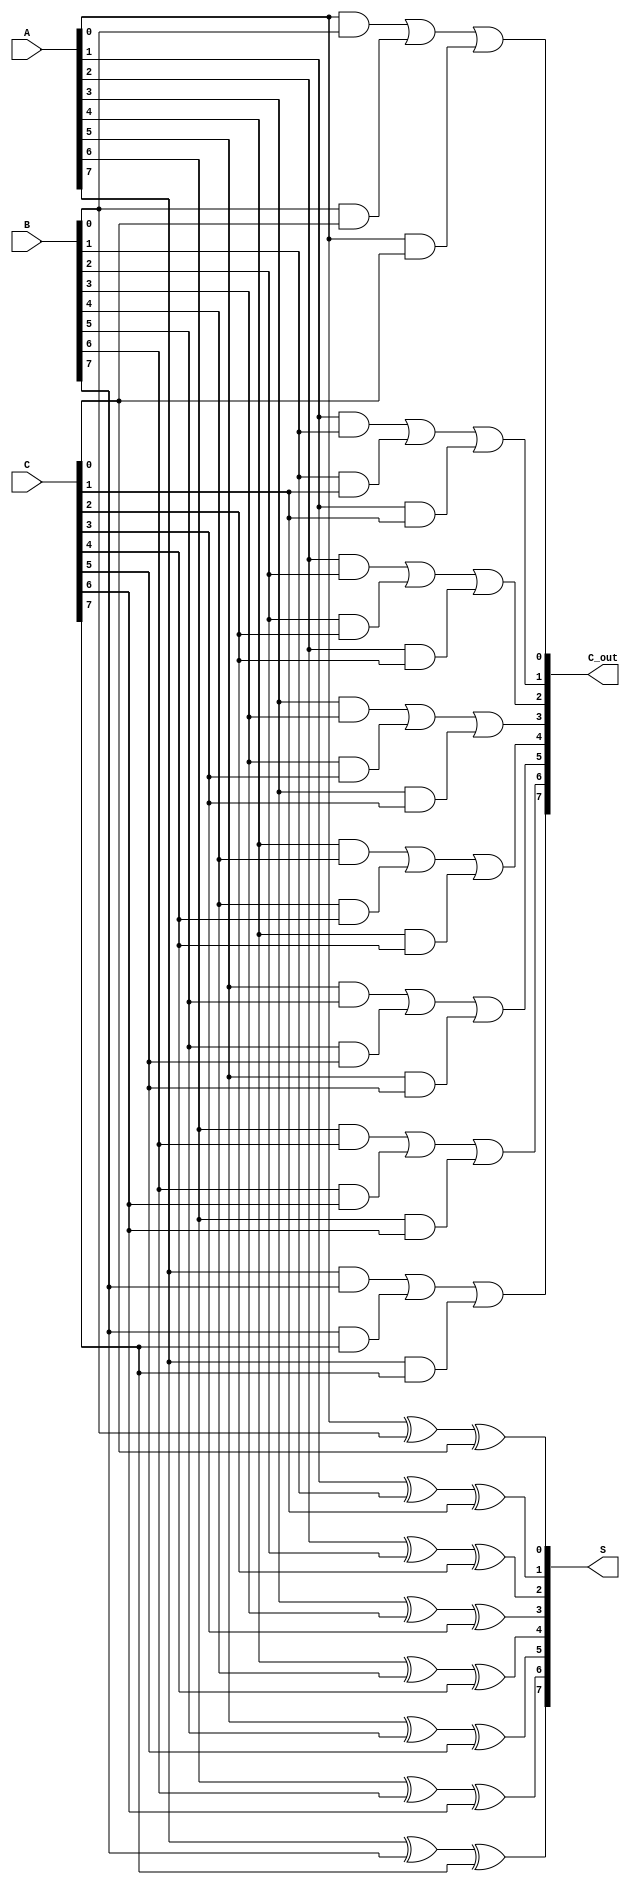
module CarrySaveAdder #(parameter n = 8) (
    input  wire [n-1:0] A,  // First n-bit input
    input  wire [n-1:0] B,  // Second n-bit input
    input  wire [n-1:0] C,  // Third n-bit input
    output wire [n-1:0] S,   // n-bit Sum output
    output wire [n-1:0] C_out // n-bit Carry output
);

// Generate the Sum output using XOR gates
genvar i;
generate
    for (i = 0; i < n; i = i + 1) begin : sum_generation
        assign S[i] = A[i] ^ B[i] ^ C[i]; // Sum calculation
    end
endgenerate

// Generate the Carry output using AND and OR gates
generate
    for (i = 0; i < n; i = i + 1) begin : carry_generation
        assign C_out[i] = (A[i] & B[i]) | (B[i] & C[i]) | (A[i] & C[i]); // Carry calculation
    end
endgenerate

endmodule